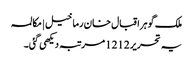
ملک گوہر اقبال خان رما خیل | مکالمہ
یہ تحریر 1212 مرتبہ دیکھی گئی۔